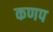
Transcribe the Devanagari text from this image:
कणप